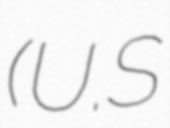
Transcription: (U.S